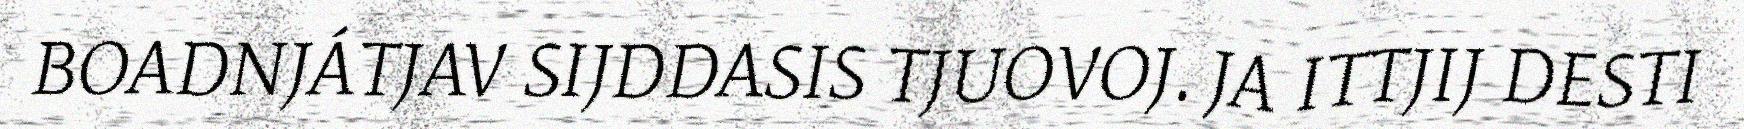
BOADNJÁTJAV SIJDDASIS TJUOVOJ. JA ITTJIJ DESTI